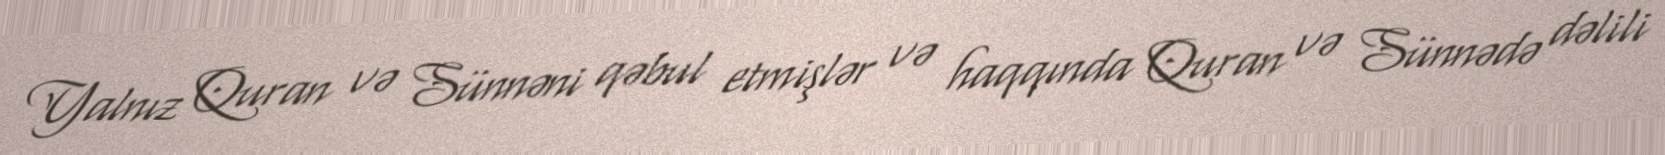
Yalnız Quran və Sünnəni qəbul etmişlər və haqqında Quran və Sünnədə dəlili